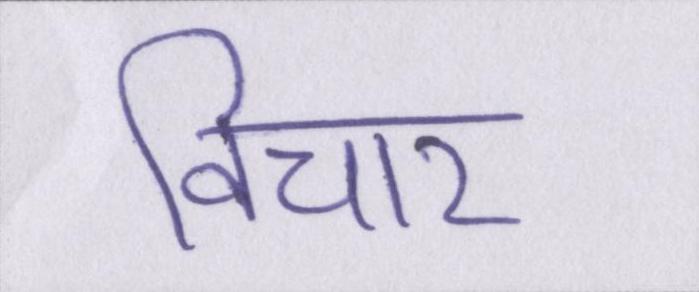
विचार